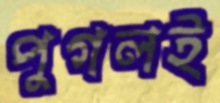
পুগলই